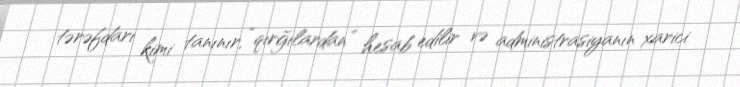
tərəfdarı kimi tanınır, “qırğılardan” hesab edilir və administrasiyanın xarici